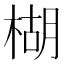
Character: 楜